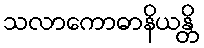
သလာကောဓာနိယန္တိ